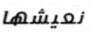
نعيشها